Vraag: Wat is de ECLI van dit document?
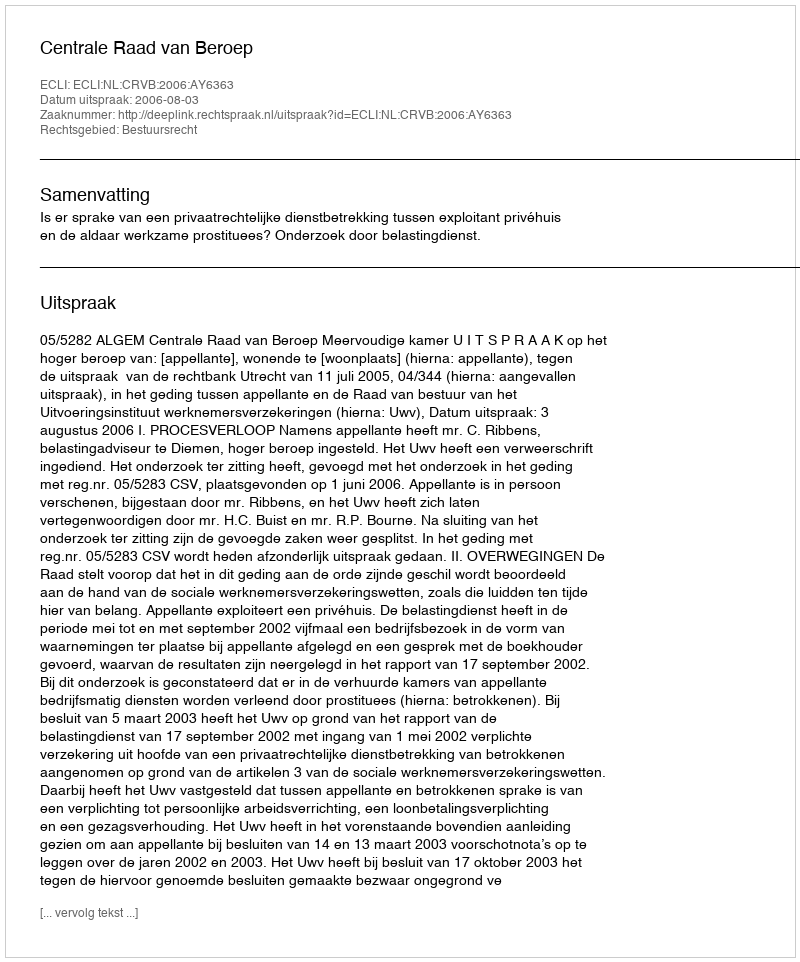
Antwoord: ECLI:NL:CRVB:2006:AY6363